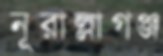
নূরাল্লাগঞ্জ